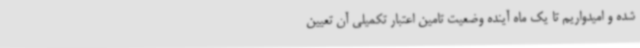
شده و امیدواریم تا یک ماه آینده وضعیت تامین اعتبار تکمیلی آن تعیین